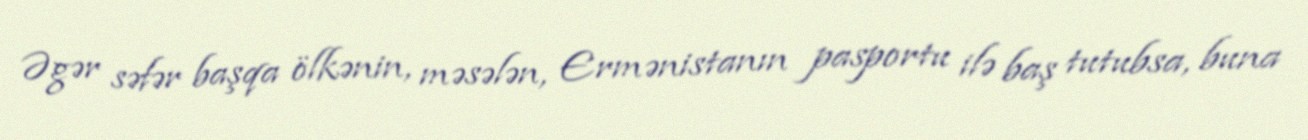
Əgər səfər başqa ölkənin, məsələn, Ermənistanın pasportu ilə baş tutubsa, buna